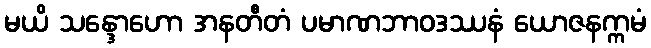
မယိ သန္ဒောဟော အနတီတံ ပမာဏဘာဝဒဿနံ ယောဇနက္ကမံ